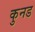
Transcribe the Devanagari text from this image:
कुनड